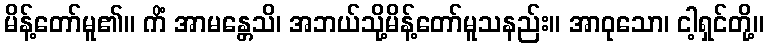
မိန့်တော်မူ၏။ ကိံ အာမန္တေသိ၊ အဘယ်သို့မိန့်တော်မူသနည်း။ အာဝုသော၊ ငါ့ရှင်တို့။